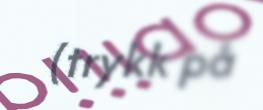
(trykk på